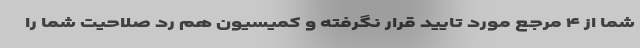
شما از ۴ مرجع مورد تایید قرار نگرفته و کمیسیون هم رد صلاحیت شما را